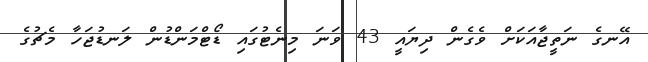
އޭނގެ ނަތީޖާއަކަށް ވެގެން ދިޔައީ 43 ވަނަ މިނެޓުގައި ޑޯޓްމަންޑުން ލަނޑުޖަހާ މެޗުގެ